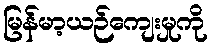
မြန်မာ့ယဉ်ကျေးမှုကို